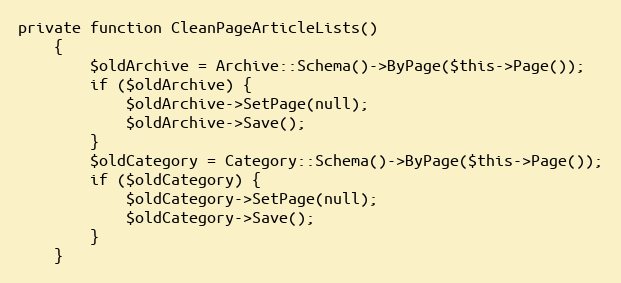
Language: PHP
private function CleanPageArticleLists()
    {
        $oldArchive = Archive::Schema()->ByPage($this->Page());
        if ($oldArchive) {
            $oldArchive->SetPage(null);
            $oldArchive->Save();
        }
        $oldCategory = Category::Schema()->ByPage($this->Page());
        if ($oldCategory) {
            $oldCategory->SetPage(null);
            $oldCategory->Save();
        }
    }